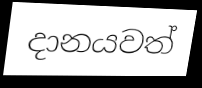
දානයවත්